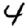
Digit: 4